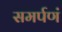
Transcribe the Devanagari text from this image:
समर्पणं